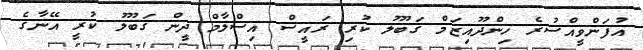
އުފަންވީއްސުރެ ހިންދޫއިޒަމް ގަބޫލު ކުރި ރައީސް އިސްލާމް ދީން ގަބޫލު ކުރީ އޭނާގެ